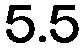
5.5